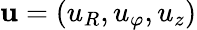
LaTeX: \mathbf{u}=\left(u_{R},u_{\varphi},u_{z}\right)